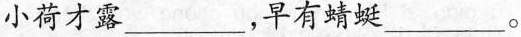
小荷才露___，早有蜻蜓___。